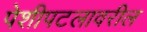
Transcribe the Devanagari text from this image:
पेशीपटलावरील